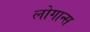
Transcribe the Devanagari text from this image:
लोगान्स